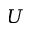
U